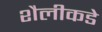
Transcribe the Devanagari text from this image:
शैलीकडे